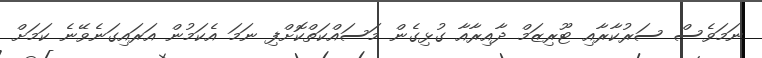
ނަމަވެސް ސަރުކާރާއި ޓޫރިޒަމް ދާއިރާއާ ގުޅިގެން މަސައްކަތްކޮށްފި ނަމަ އެކަމުން އަރައިގަނެވޭނެ ކަމަށް